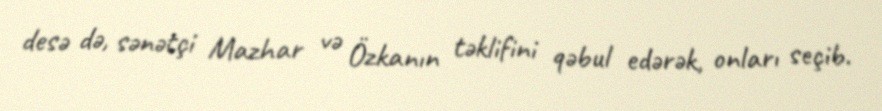
desə də, sənətçi Mazhar və Özkanın təklifini qəbul edərək, onları seçib.